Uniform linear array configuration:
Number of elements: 32
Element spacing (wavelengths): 0.75
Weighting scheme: kaiser
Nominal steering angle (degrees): -15
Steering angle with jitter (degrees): -16.568
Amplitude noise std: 0.05
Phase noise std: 0.05

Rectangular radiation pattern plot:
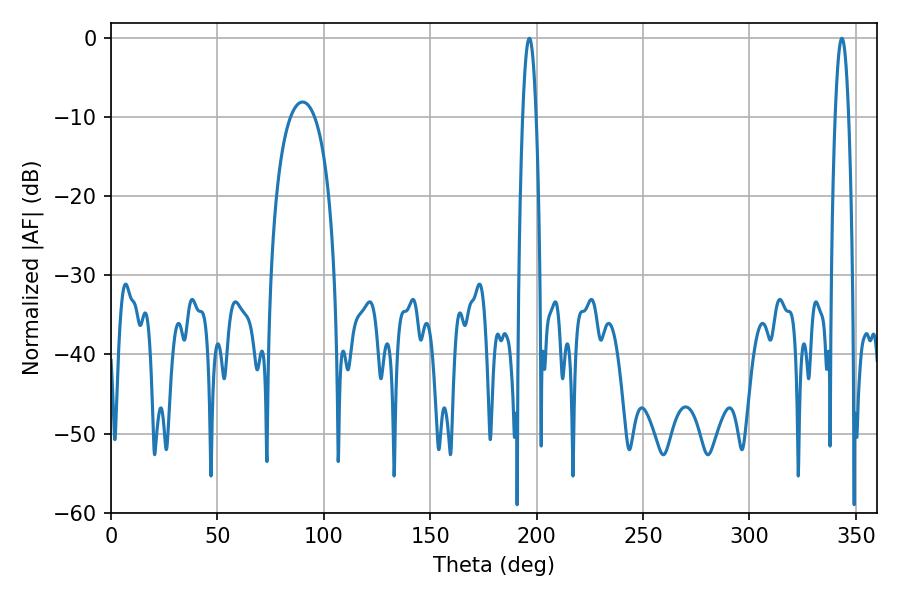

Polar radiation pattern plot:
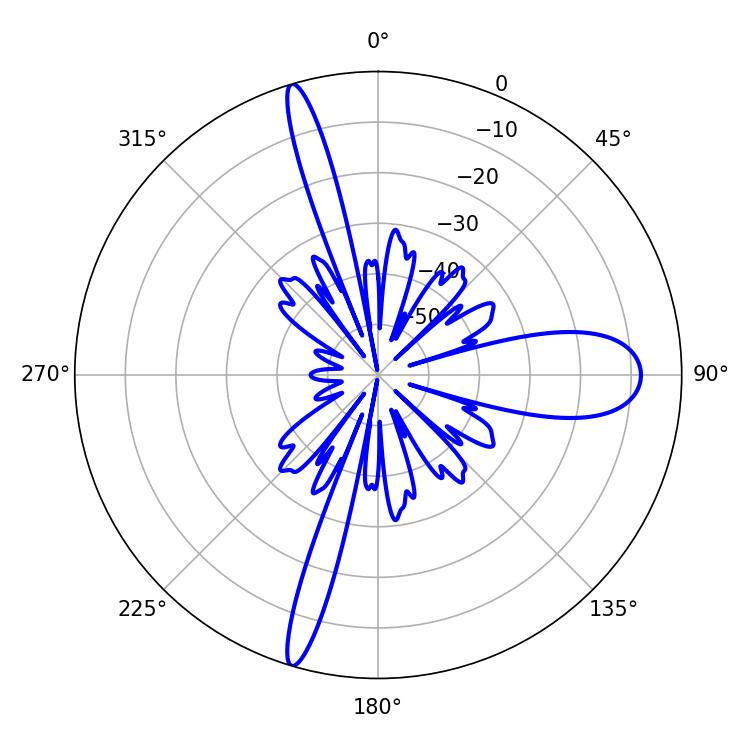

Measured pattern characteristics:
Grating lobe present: TRUE
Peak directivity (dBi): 33.485
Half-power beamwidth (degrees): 3.42
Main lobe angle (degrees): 196.56